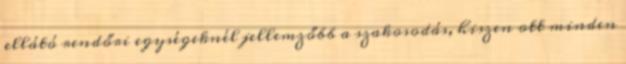
ellátó rendőri egységeknél jellemzőbb a szakosodás, hiszen ott minden